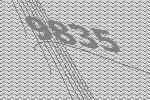
9835